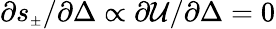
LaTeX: \partial s_{{\scriptscriptstyle\pm}}/\partial\Delta\propto\partial{\cal U}/\partial\Delta=0